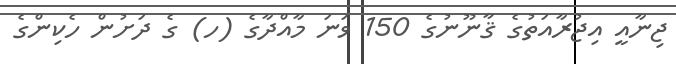
ޖިނާއީ އިޖުރާއަތުގެ ޤާނޫނުގެ 150 ވަނަ މާއްދާގެ (ހ) ގެ ދަށުން ހެކިންގެ